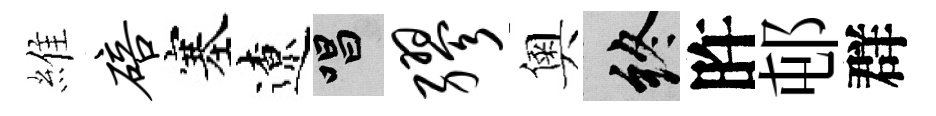
維碚塞遼唱缪奧終旿邨群